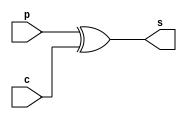
module sum(s,p,c);
	output [3:0] s;
	input [3:0]  p,c;
	assign s = p^c;
endmodule